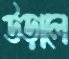
উড়ালে